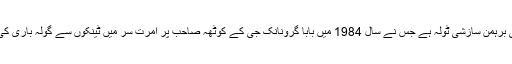
یہ وہی برہمن سازشی ٹولہ ہے جس نے سال 1984 میں بابا گرُونانک جی کے کوٹھہ صاحب پر امرت سر میں ٹینکوں سے گولہ باری کی تھی۔